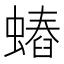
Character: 𧐍